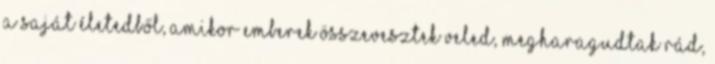
a saját életedből, amikor emberek összevesztek veled, megharagudtak rád,